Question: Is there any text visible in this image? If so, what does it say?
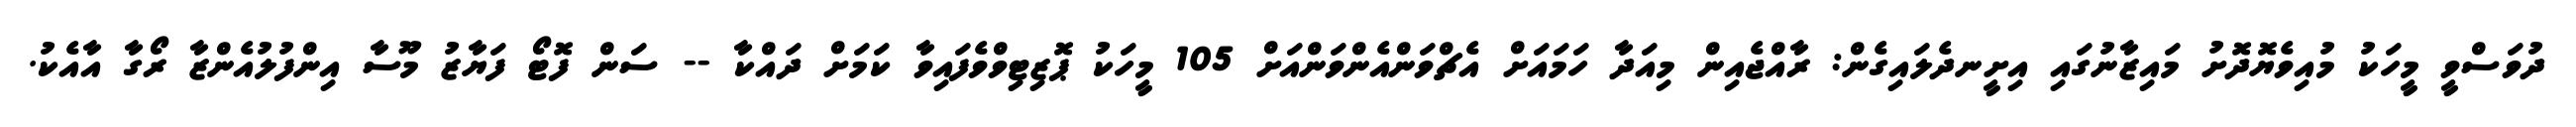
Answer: ދުވަސްވީ މީހަކު މުއިވެޔޮދޮށު މައިޒާނުގައި އިށީނދެލައިގެން: ރާއްޖެއިން މިއަދާ ހަމައަށް އެޗްވަންއެންވަންއަށް 105 މީހަކު ޕޮޒިޓިވްވެފައިވާ ކަމަށް ދައްކާ -- ސަން ފޮޓޯ ފަޔާޒު މޫސާ އިންފުލުއެންޒާ ރޯގާ އާއެކު.